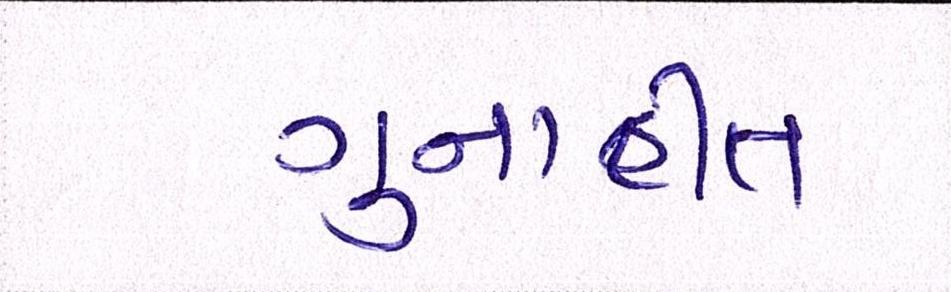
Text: ગુનાહીત